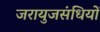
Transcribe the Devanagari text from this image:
जरायुजसंधियों